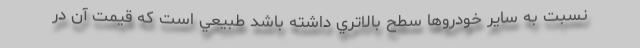
نسبت به ساير خودروها سطح بالاتري داشته باشد طبيعي است كه قيمت آن در